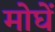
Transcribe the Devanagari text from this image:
मोघें